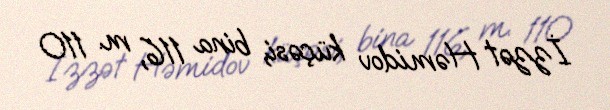
İzzət Həmidov küçəsi, bina 116, m. 110